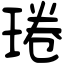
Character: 𤦔